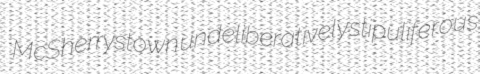
McSherrystown undeliberatively stipuliferous